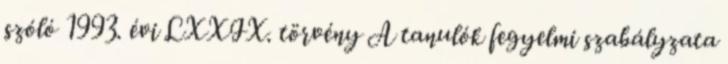
szóló 1993. évi LXXIX. törvény A tanulók fegyelmi szabályzata